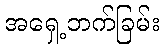
အရှေ့ဘက်ခြမ်း